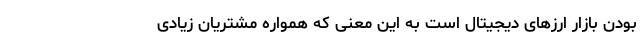
بودن بازار ارزهای دیجیتال است به این معنی که همواره مشتریان زیادی